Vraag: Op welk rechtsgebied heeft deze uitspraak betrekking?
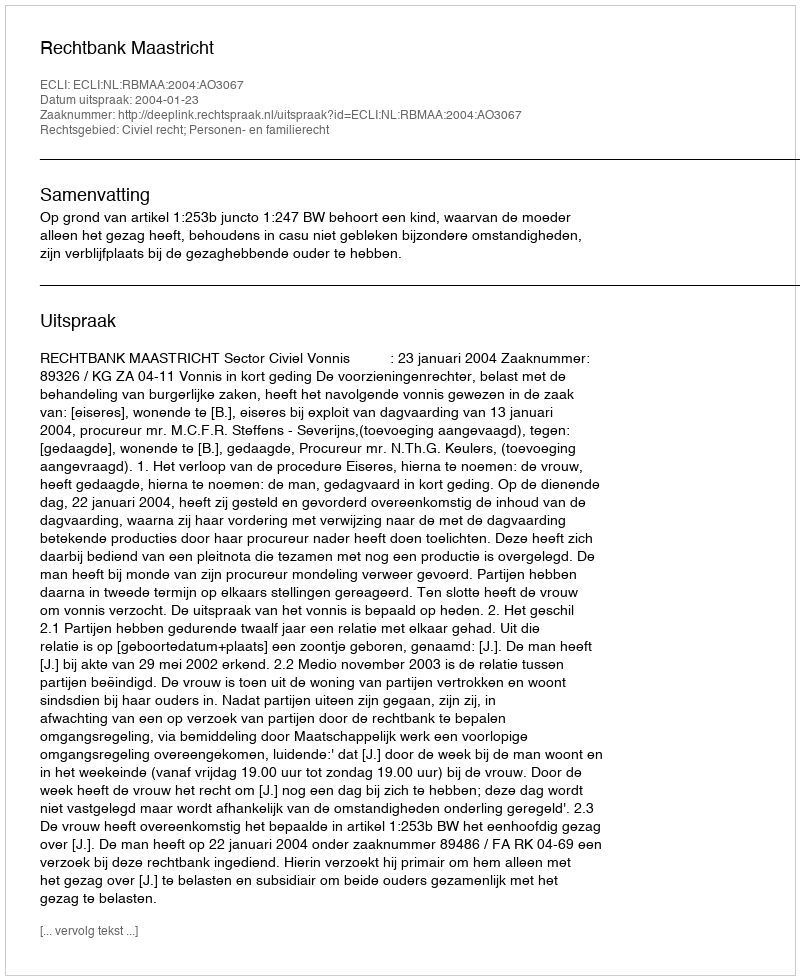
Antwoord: Civiel recht; Personen- en familierecht